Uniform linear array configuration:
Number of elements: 12
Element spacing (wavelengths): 1
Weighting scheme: cosine
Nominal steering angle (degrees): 45
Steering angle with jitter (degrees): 44.165
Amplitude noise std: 0.05
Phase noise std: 0.05

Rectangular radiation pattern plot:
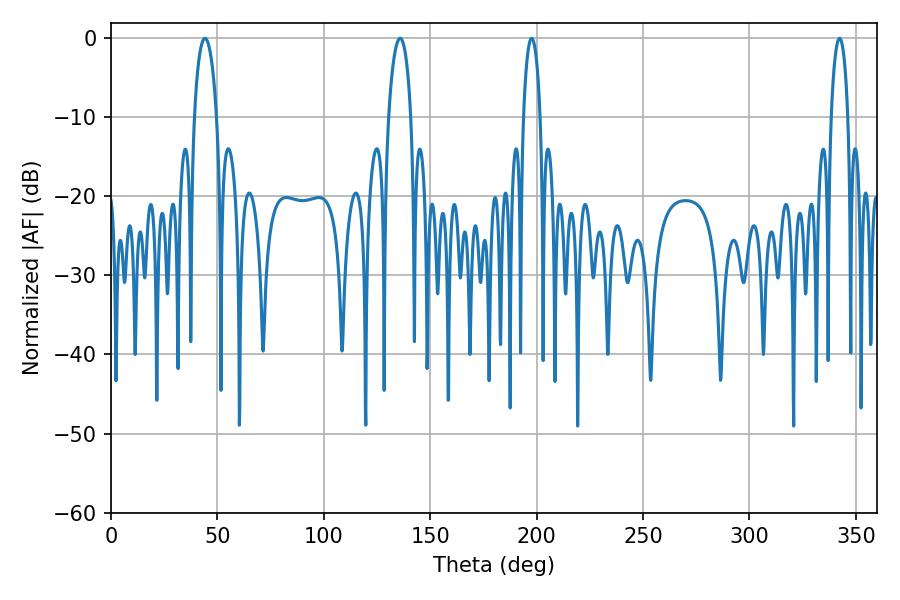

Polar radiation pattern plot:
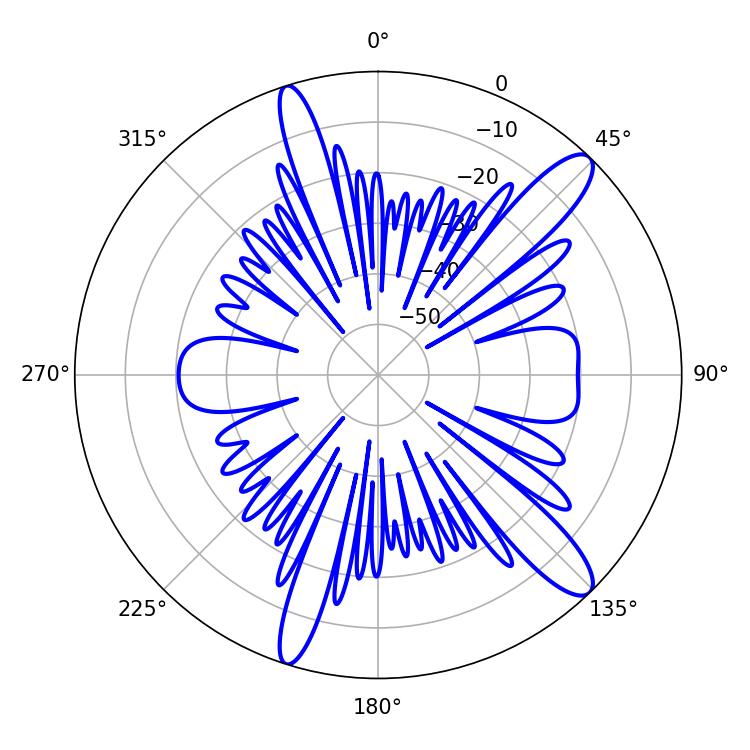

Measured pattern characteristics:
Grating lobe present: TRUE
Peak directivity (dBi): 12.611
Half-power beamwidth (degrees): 4.5
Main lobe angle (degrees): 197.64